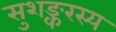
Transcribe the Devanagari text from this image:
सुशङ्करस्य